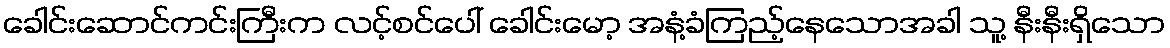
ခေါင်းဆောင်ကင်းကြီးက လင့်စင်ပေါ် ခေါင်းမော့ အနံ့ခံကြည့်နေသောအခါ သူ့ နီးနီးရှိသော